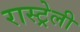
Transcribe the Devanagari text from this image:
रास्ट्रेली